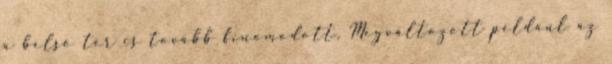
a belső tér is tovább finomodott. Megváltozott például az